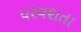
પરવશતા